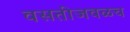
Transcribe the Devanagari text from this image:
वसतीजवळच